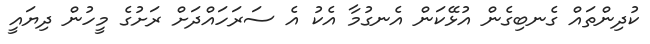
ކުދިންތައް ގެނބިގެން އުޅޭކަން އެނގުމާ އެކު އެ ސަރަހައްދަށް ރަށުގެ މީހުން ދިޔައީ